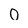
Character: 0